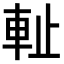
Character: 𨊺